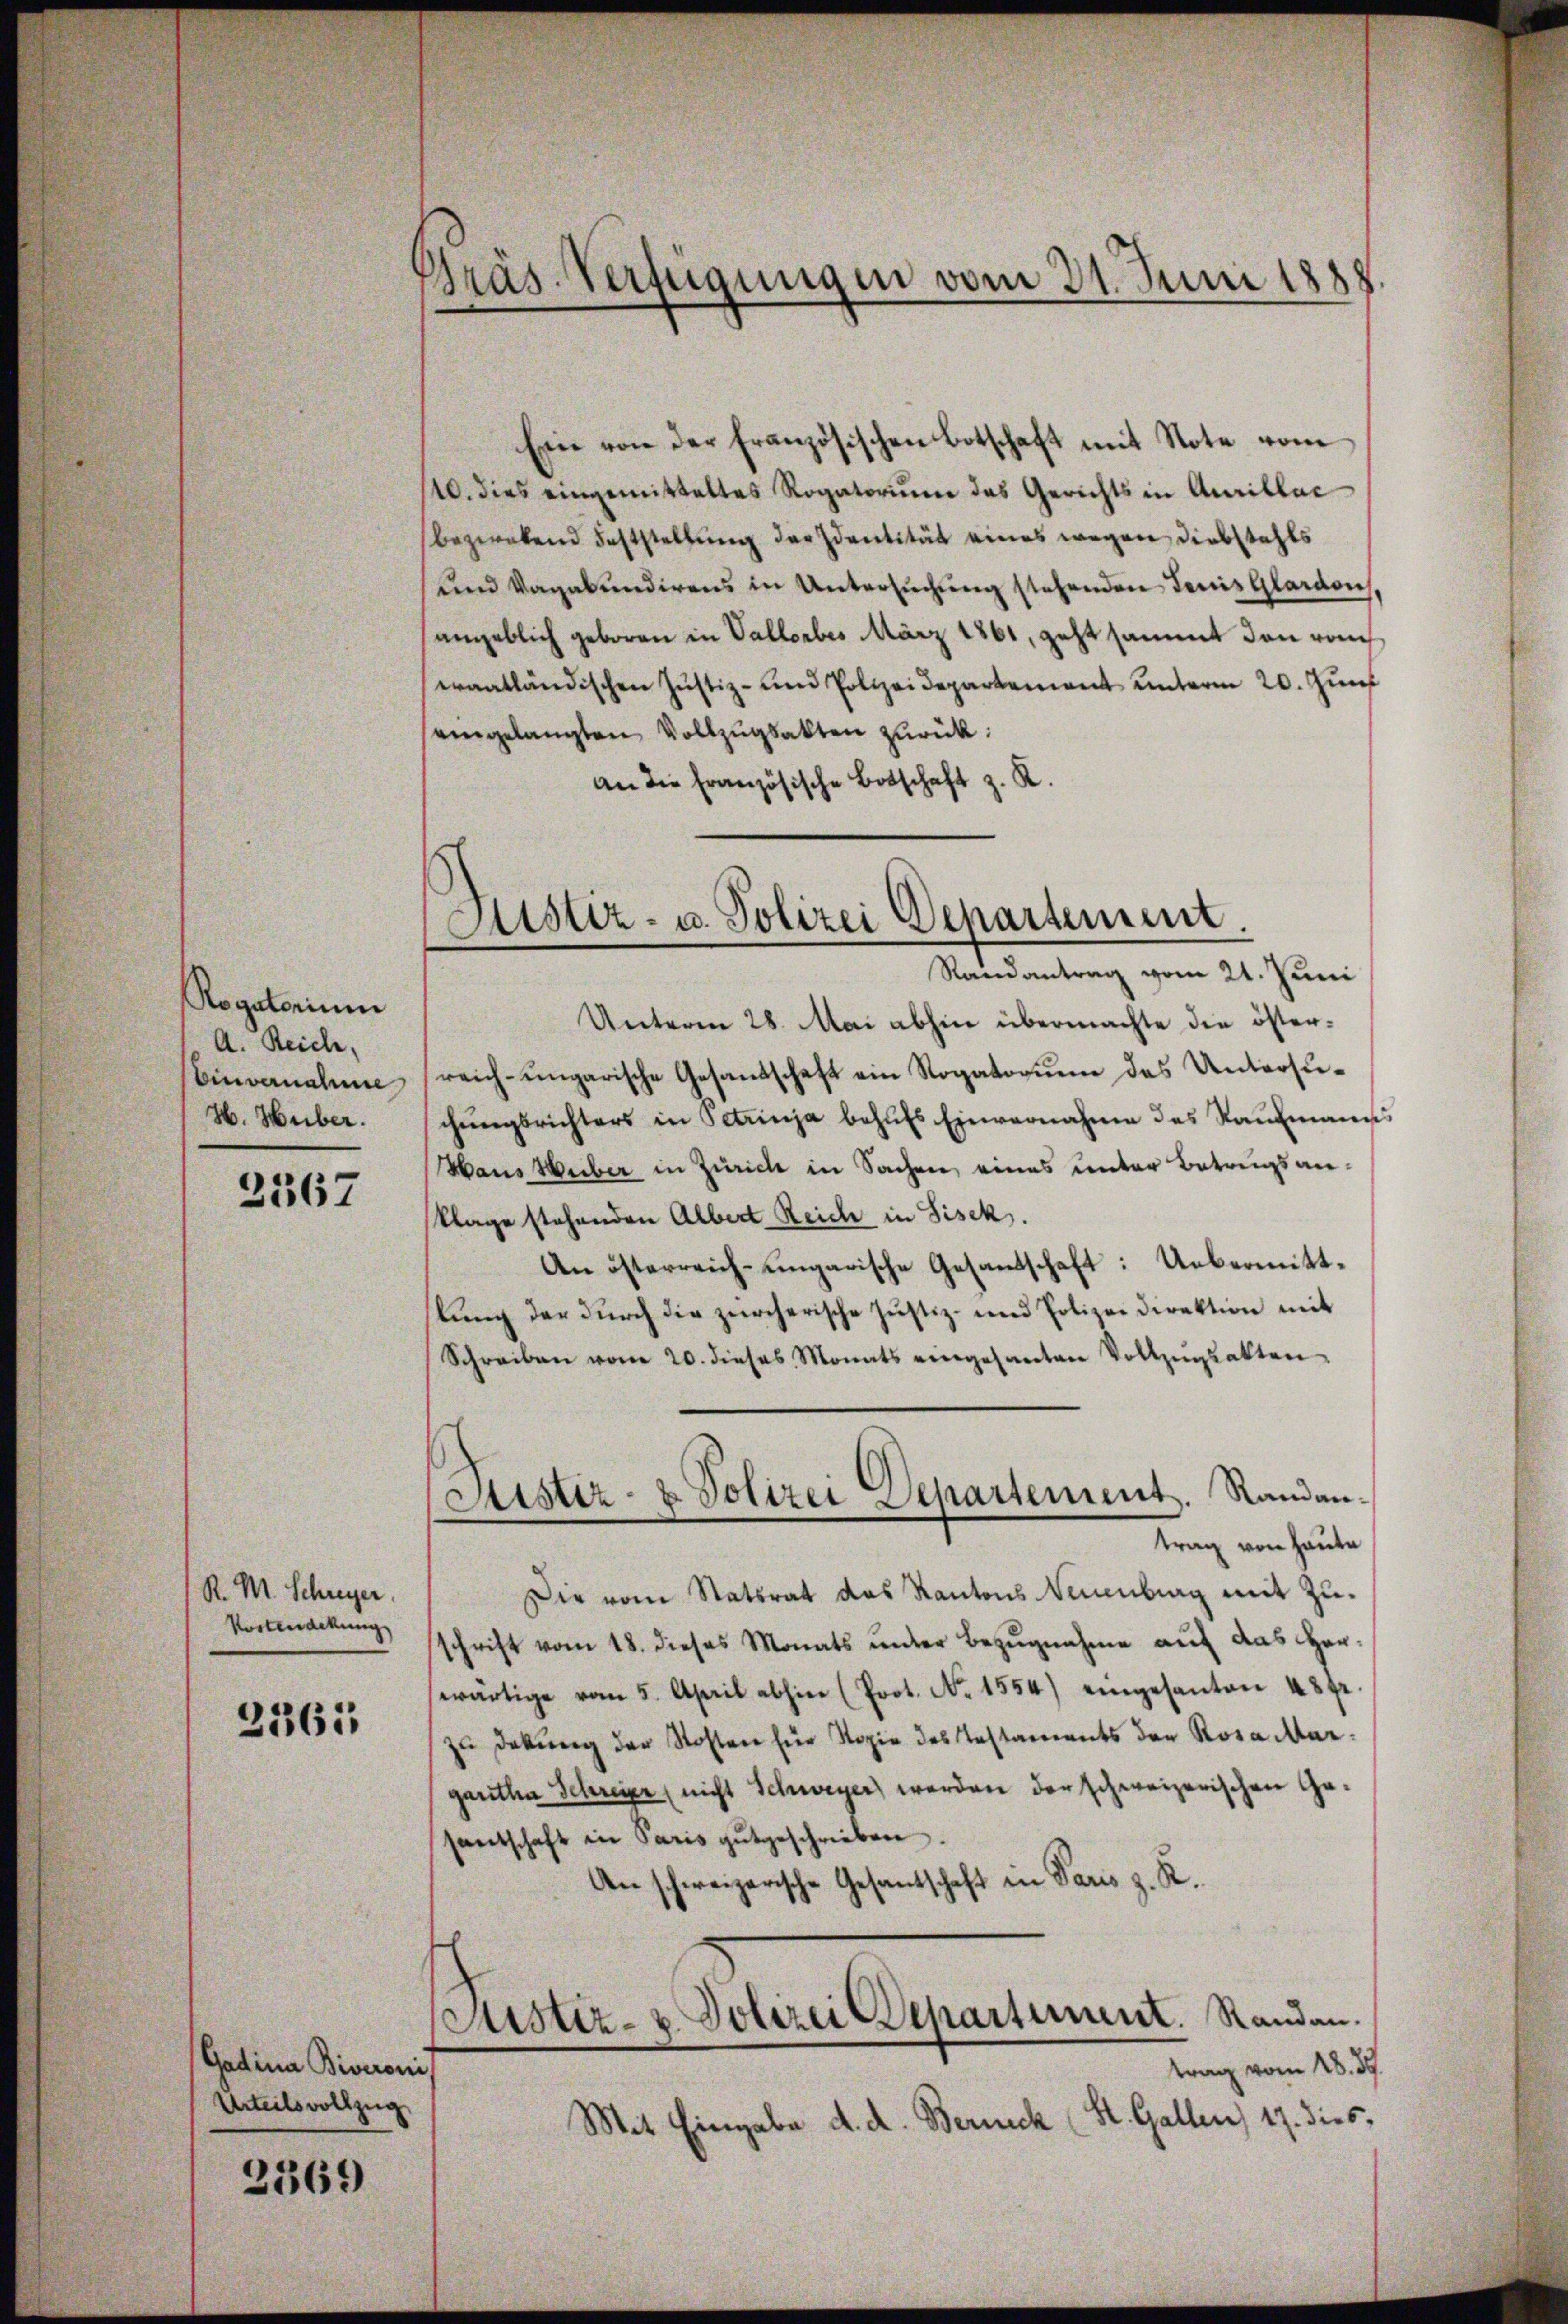
Rogatorium
A. Reich,
Einvernahme
H. Huber.

2367

R. M. Schreyer.
Kostendekung

2561

Gadina Biveroni,
Urteilsvollzug

2369)

Präs. Verfügungen vom 21. Juni 1888

Eine von der Französischen Botschaft mit Note vom
10. dies eingemitteltes Rogatorium das Gerichts in Aurillac
bezwekend Feststellung der Identität eines wegen Diebstahls
ŭnd Vagabundirens in Untersŭchŭng stehenden Jenis Glardon,
angeblich geboren in Vallorbes März 1861, geht sammt den von
eraatländischen Justiz- und Polizeidepartement unterm 20. Jun
eingelangten Vollzŭgsakten zŭrück:
an die französische Botschaft z. R.

Justiz- u. Polizei Departement.
Randantrag vom 21. Juni

Sistiz- & Polizei Separtement. Randantrag von Haute

Unterm 28. Mai abhin übermachte die öster-
reich-ungarische Gesandschaft ein Rogatorum das Untersuchŭngsrichters in Petrinja behŭfs Einvernahme des Raufmann
Haus Weiber in Zürich in Sachen, eines unter Betragsan¬
Klage stehenden Albert Reich in Pisek.
An österreich-ungarische Gesandschaft: Uebermittlung der durch die zürcherische Justiz- und Polizeidirektion mit
Schreiben vom 20. dieses Monats eingesanten Vollzŭgsakten
Die vom Statsrat das Kantons Neuenburg mit Zuschrift vom 18. dieses Monats ŭnter Bezŭgnahme aŭf das Her-
wärtige vom 5. April abhin (Prot. No. 1554) eingesanten 48 gr.
zŭ Dekŭng der Kosten für Kopie des Testaments der Rosa Margaretha Schreier (nicht Schweyer werden der schweizerischen Gesantschaft in Paris gutgeschrieben.
An schweizerische Gesantschaft in Paris z. K.
Justiz- u. Polizei Departement. Randau.
trag vom 28. 39.
Mit Eingabe d. d. Berneck (St. Gallen 17. dies,